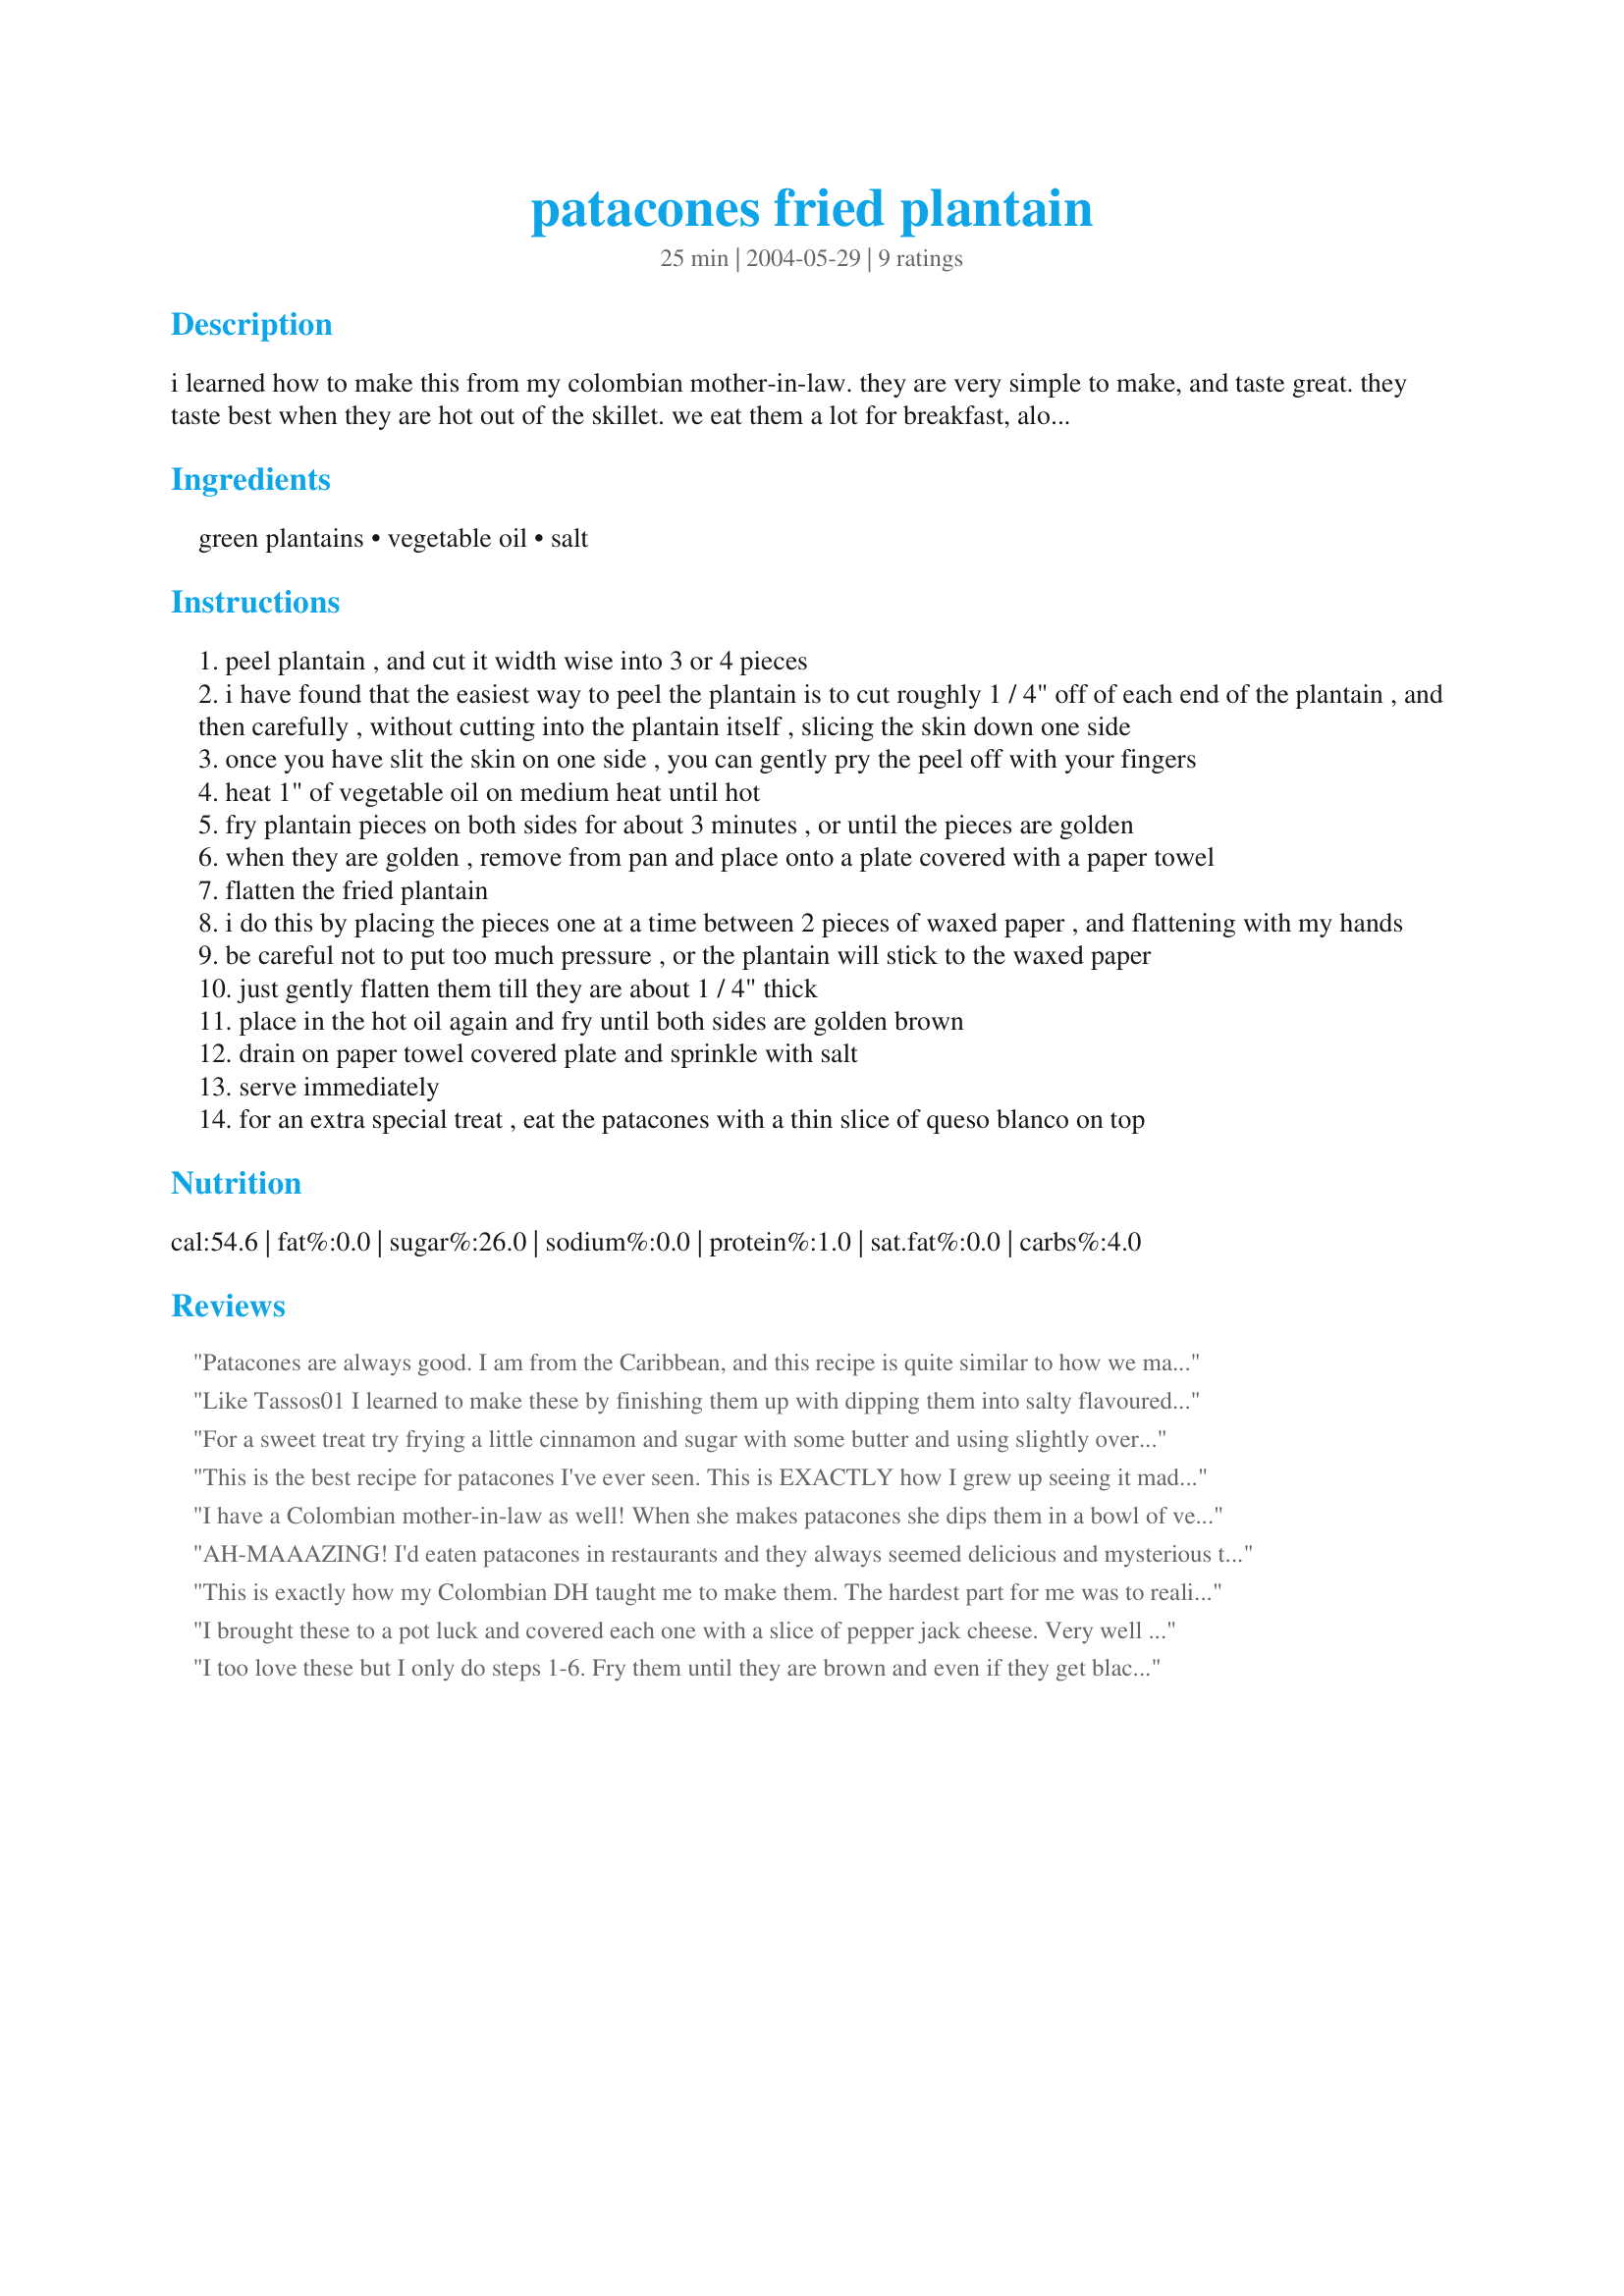
patacones fried plantain
Preparation time: 25 minutes

i learned how to make this from my colombian mother-in-law. they are very simple to make, and taste great. they taste best when they are hot out of the skillet. we eat them a lot for breakfast, along with either fried eggs or scrambled eggs with tomatos and onion. they also make a great side dish.

Ingredients:
green plantains, vegetable oil, salt

Steps:
peel plantain , and cut it width wise into 3 or 4 pieces
i have found that the easiest way to peel the plantain is to cut roughly 1 / 4" off of each end of the plantain , and then carefully , without cutting into the plantain itself , slicing the skin down one side
once you have slit the skin on one side , you can gently pry the peel off with your fingers
heat 1" of vegetable oil on medium heat until hot
fry plantain pieces on both sides for about 3 minutes , or until the pieces are golden
when they are golden , remove from pan and place onto a plate covered with a paper towel
flatten the fried plantain
i do this by placing the pieces one at a time between 2 pieces of waxed paper , and flattening with my hands
be careful not to put too much pressure , or the plantain will stick to the waxed paper
just gently flatten them till they are about 1 / 4" thick
place in the hot oil again and fry until both sides are golden brown
drain on paper towel covered plate and sprinkle with salt
serve immediately
for an extra special treat , eat the patacones with a thin slice of queso blanco on top

Reviews:
Patacones are always good. I am from the Caribbean, and this recipe is quite similar to how we make them at home. The only suggestion I have is, try the bottom of a tall glass or a square of wood to flatten the patacones instead of using your hands - just for safety and they flatten better that way. ONE TIP: do never use olive oil, because the patacones won't get crisp. ANOTHER TIP: green platanoes skin give off a sticky substance when you peel them and that's quite difficult to remove with just soap and water. To remove it easily, rub your hands throughly with cooking oil and a teaspoon of table salt. Your hands will feel baby-soft after that, too ;].
Like Tassos01 I learned to make these by finishing them up with dipping them into salty flavoured water before frying. My wife uses grated onion and garlic in the water and the flavour is better than the potato pancakes or latkes I have always been used to. These are a real crowd pleaser, and here in Canada people always flip out when I tell them after they have tried them that they are "bananas"; they just can't believe it, "but they are so good!", they say.
For a sweet treat try frying a little cinnamon and sugar with some butter and using slightly over-ripe plantains. Very tasty!
This is the best recipe for patacones I've ever seen. This is EXACTLY how I grew up seeing it made and how I learned to make it myself!
I have a Colombian mother-in-law as well! When she makes patacones she dips them in a bowl of very salty water with garlic before refrying them. This gives them a great flavor and is a nice adaptation.
AH-MAAAZING! I'd eaten patacones in restaurants and they always seemed delicious and mysterious to me. I had no idea they were so incredibly simple to make -- and the salt/garlic suggestion completely bumps this recipe into perfection. I tried them with and without the salt/garlic water dipping step and flavor-wise I think the dipping adds a subtle I-don't-know-why-this-is-so-addictivly-good component. Thanks so much for sharing everyone!!!
This is exactly how my Colombian DH taught me to make them. The hardest part for me was to realize that you are not supposed to fry them to a crisp, but rather like french fried potatoes - crisp outside and tender inside.
I brought these to a pot luck and covered each one with a slice of pepper jack cheese. Very well received, everyone liked them. And I picked up on Zatari's hint and flattened each with the bottom of a heavy coffee mug. Easy breezy!
I too love these but I only do steps 1-6. Fry them until they are brown and even if they get black a bit they are great. The black is a sticky sugar and I rather enjoy it :) I do drain on papertowels and do not salt.
